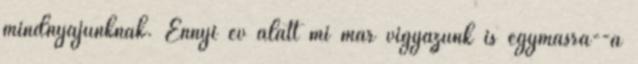
mindnyájunknak. Ennyi év alatt mi már vigyázunk is egymásra--a